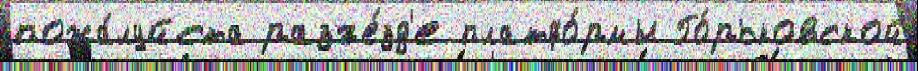
пожа́луйста разъе́зд'е платфо́рмы Го́рьковской